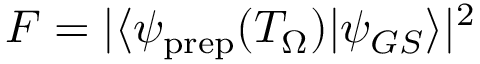
F = | \langle \psi _ { \mathrm { p r e p } } ( T _ { \Omega } ) | \psi _ { G S } \rangle | ^ { 2 }